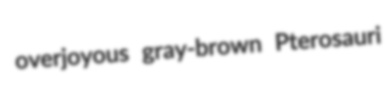
overjoyous gray-brown Pterosauri